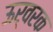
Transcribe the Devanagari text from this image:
ऊर्वरक